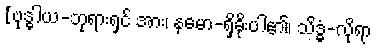
[ဗုဒ္ဓါယ-ဘုရားရှင် အား၊ နမော-ရှိခိုးပါ၏၊ သိဒ္ဓံ-လိုရာ